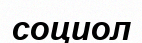
социол